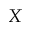
X